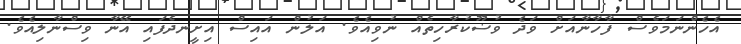
އެހެންނަމަވެސް ފާހާނާއަށް ވަދެ ވުޟޫކުރާހިތެއް ނުވިއެވެ. އަލުން އައިސް އިށީނދެފައި އޭނާ ވިސްނާލިއެވެ.